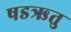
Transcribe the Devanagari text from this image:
षडऋतु